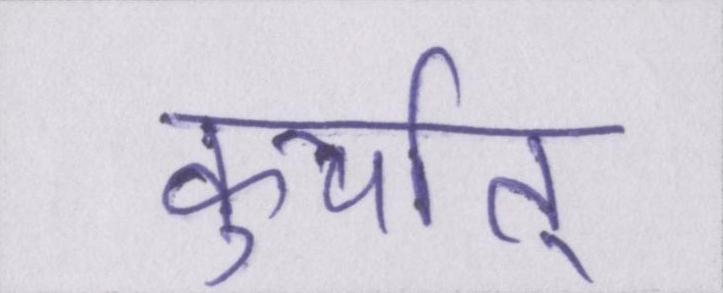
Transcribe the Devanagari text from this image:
कुर्यात्